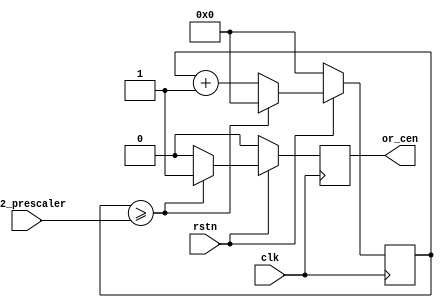
/**
  Module name:  cen_generator_v1_0
  Author: P Trujillo (pablo@controlpaths.com)
  Date: Mar20
  Description: Clock enable generation according prescaler input.
  Revision: 1.0: Module created.
**/

module cen_generator_v1_0 (
  input clk,
  input rstn,

  input [31:0] i32_prescaler,
  output reg or_cen
);

  reg [31:0] r32_prescaler_counter;

  always @(posedge clk)
    if (!rstn) begin
      r32_prescaler_counter <= 32'd0;
      or_cen <= 1'b0;
    end
    else
      if (r32_prescaler_counter >= i32_prescaler) begin
        r32_prescaler_counter <= 32'd0;
        or_cen <= 1'b1;
      end
      else begin
        r32_prescaler_counter <= r32_prescaler_counter + 32'd1;
        or_cen <= 1'b0;
      end

endmodule